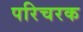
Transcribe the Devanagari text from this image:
परिचरक